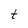
Character: t